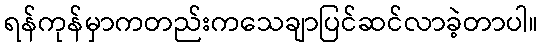
ရန်ကုန်မှာကတည်းကသေချာပြင်ဆင်လာခဲ့တာပါ။